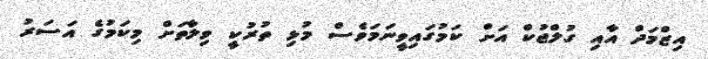
އިޒްމަދް އާއި ގުލްޖުކް އަށް ކަމުގައިވީނަމަވެސް މުޅި ތުރުކީ ވިލާތަށް މިކަމުގެ އަސަރު